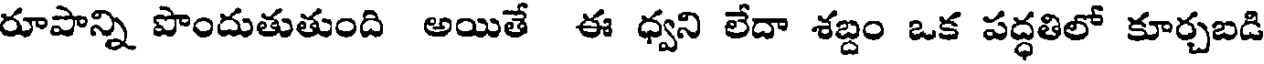
రూపాన్ని పొందుతుతుంది అయితే ఈ ధ్వని లేదా శబ్దం ఒక పద్ధతిలో కూర్చబడి